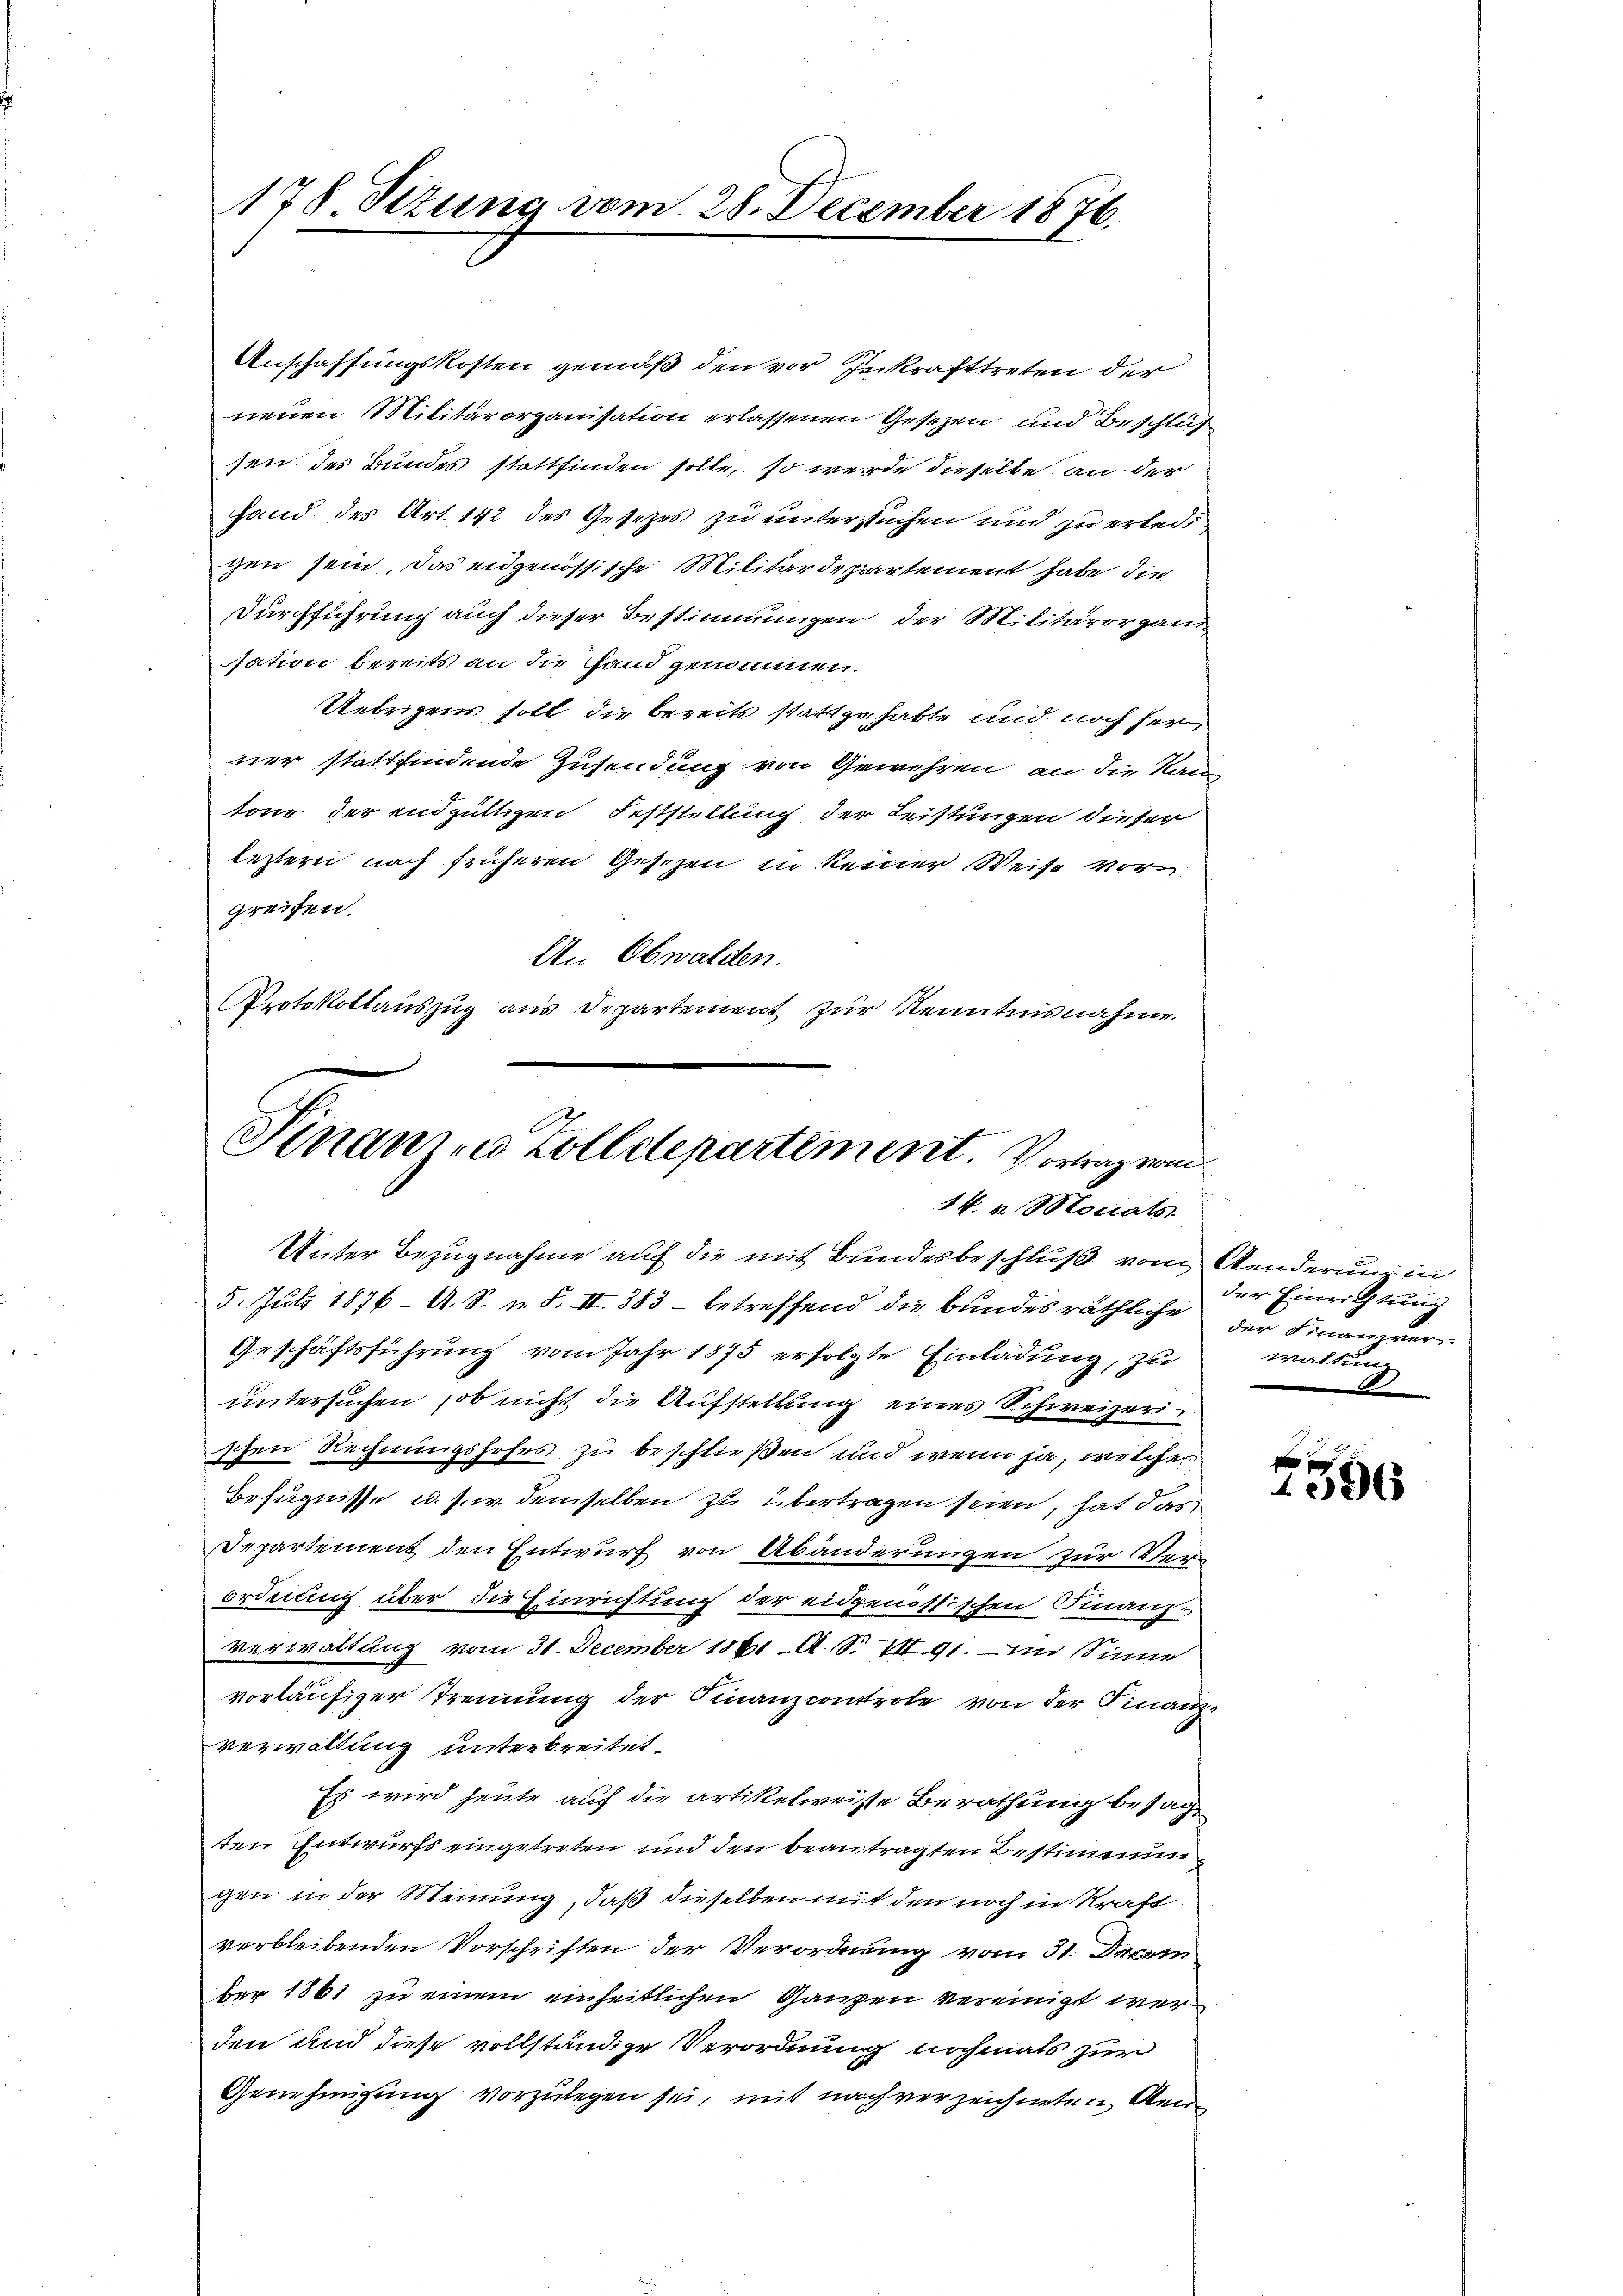
178. Situng vom 28. December 1876.

Anschaffungskosten gemäß den vor Inkrafttreten der
neuen Militärorganisation erlassenen Gesetzen und Beschluß
sen des Bundes stattfinden solle, so werde dieselbe an der
fand des Art. 142 des Gesezes zu untersuchen und zu erled
gen sein, das eidgenössische Militärdepartement habe die
Durchführung auch dieser Bestimmungen der Militärorgan
sation bereits an die Hand genommen.
Uebrigens soll die bereits stattgehabte und noch her
ner stattfindende Zusendung von Gewehren, an die Kan
tone der endgültigen Feststellung der Leistungen dieser
leztern nach früheren Gesetzen in keiner Weise vorgreifen.
An Obwalden.
Protokollaŭszŭg ans Departement zŭr Kenntnisnahme

Finanzen Zolldepartement. Vorragen
14. v. Monats

Unter Bezugnahme auf die mit Bundesbeschluß vom Aenderung in
5. Jŭli 1876. A. S. i S. II. 383 betreffend die Bŭndesräthliche der Finanzver¬
Geschäftsführung vom Jahr 1875 erfolgte Einladung, zu
untersuchen, ob nicht die Aufstellung eines Schweizerischen Rechnungshofes zu beschließen und wenn ja, welche
Befugnisse u. s. w. demselben zu übertragen seien, hat das
Departement den Entwurf von Abänderungen zur Ver-
ordnung über die Einrichtung der eidgenössischen Finanz-
verwaltung vom 31. December 1861 A. S. II 91. Im Sinne
vorläufiger Trennung der Finanzcontrole von der Finanz-
verwaltung unterbreitet.
Es wird heute auf die artikelweiste Berathung besagten Entwurfs eingetreten und den beantragten Bestimmun
gen in der Meinung, daß dieselben mit den noch in Kraft
verbleibenden Vorschriften der Verordnung vom 31. Decem
ber 1861 zu einem einheitlichen Ganzen vereinigt werden und diese vollständige Verordnung nochmals zur
Genehmigung vorzulegen sei, mit nach verzeichneten Rei

der Einrichtung
eien eine eine
.

2556